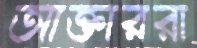
আক্তাররা